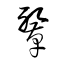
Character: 鞶